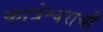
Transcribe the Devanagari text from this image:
कात्रेश्वराची